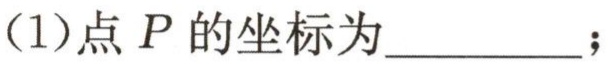
(1)点 \(P\) 的坐标为\(\underline{\quad\quad}\);